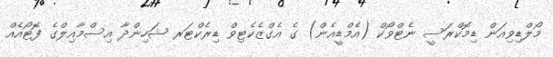
މޯލްޑިވިއަން ޑިމޮކްރަސީ ނެޓްވޯކް (އެމްޑީއެން) ގެ އެގްޒެކެޓިވް ޑިރެކްޓަރ ޝަހިންދާ އިސްމާއިލްގެ ފޮޓޯއެއް